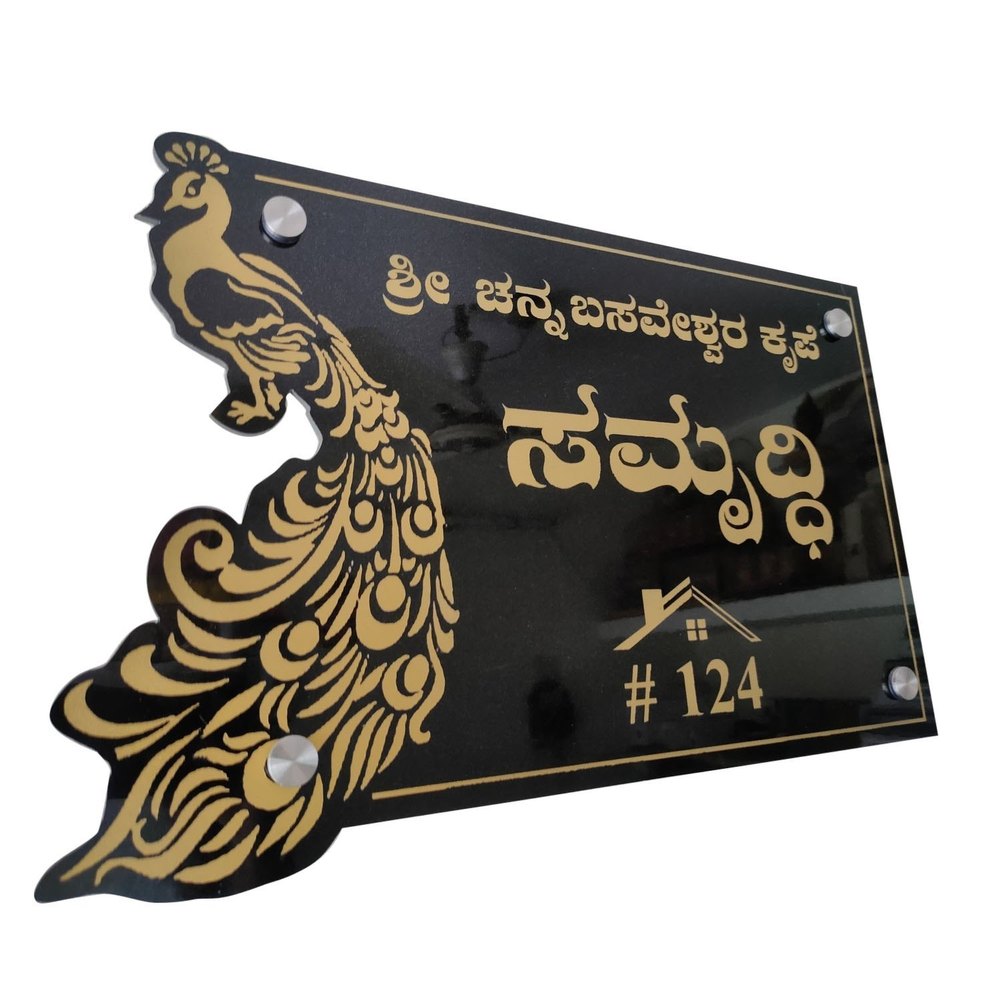
Language: kannada
Transcription: ಸಮೃದ್ಧಿ ಶ್ರೀ ಚನ್ನ ಕೃಪೆ ಬಸವೇಶ್ವರ